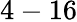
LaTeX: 4-16